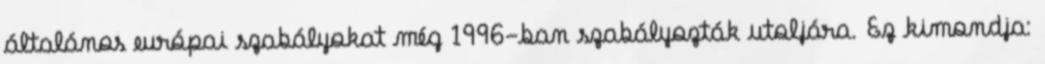
általános európai szabályokat még 1996-ban szabályozták utoljára. Ez kimondja: